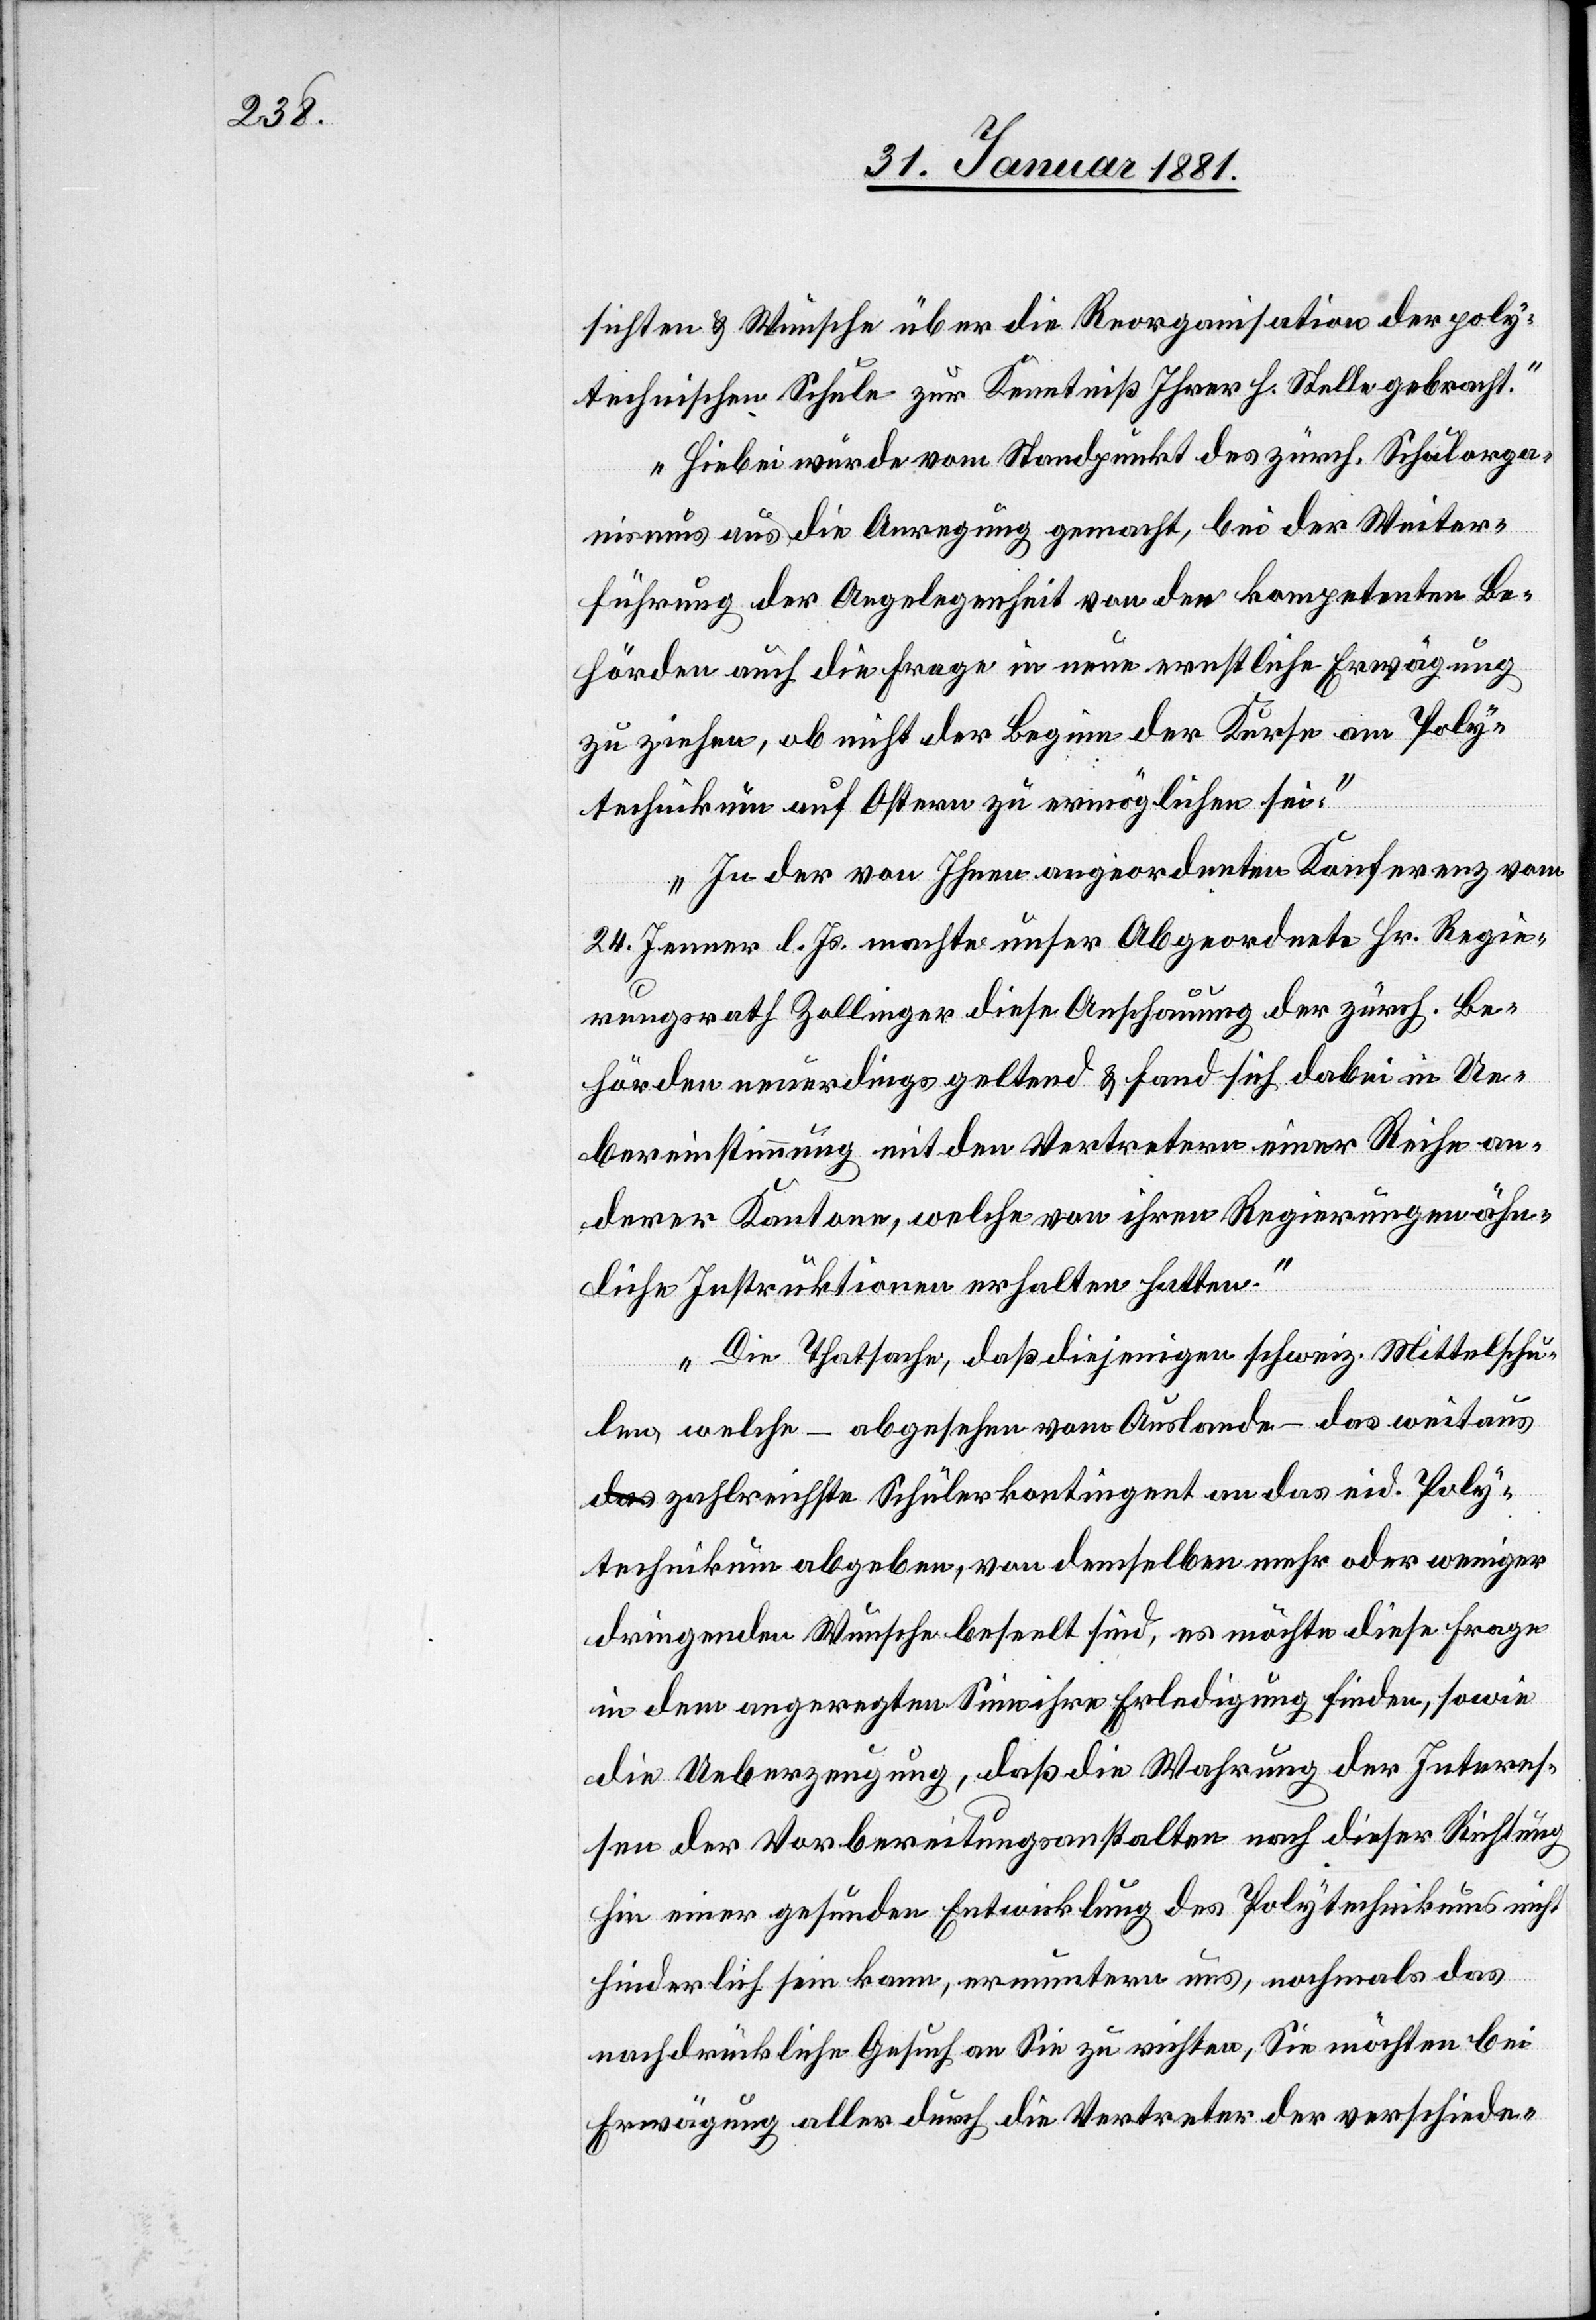
sichten & Wünsche über die Reorganisation der poly¬
technischen Schule zur Kenntniß Ihrer h. Stelle gebracht.“
„Hiebei wurde vom Standpunkt des zürch. Schulorga¬
nismus aus die Anregung gemacht, bei der Weiter¬
führung der Angelegenheit von den kompetenten Be¬
hörden auch die Frage in neue ernstliche Erwägung
zu ziehen, ob nicht der Beginn der Kurse am Poly¬
technikum auf Ostern zu ermöglichen sei.“
„In der von Ihnen angeordneten Konferenz vom
24. Jenner l. Js. machte unser Abgeordnete Hr. Regie¬
rungsrath Zollinger diese Anschauung der zürch. Be¬
hörden neuerdings geltend & fand sich dabei in Ue¬
bereinstimmung mit den Vertretern einer Reihe an¬
derer Kantone, welche von ihren Regierungen ähn¬
liche Instruktionen erhalten hatten.“
„Die Thatsache, daß diejenigen schweiz. Mittelschu¬
len welche – abgesehen vom Auslande – das weitaus
zahlreichste Schülerkontingent an das eid. Poly¬
technikum abgeben, von demselben mehr oder weniger
dringenden Wunsche beseelt sind, es möchte diese Frage
in dem angeregten Sinn ihre Erledigung finden, sowie
die Ueberzeugung, daß die Wahrung der Interes¬
sen der Vorbereitungsanstalten nach dieser Richtung
hin einer gesunden Entwicklung des Polytechnikums nicht
hinderlich sein kann, ermuntern uns, nochmals das
nachdrückliche Gesuch an Sie zu richten, Sie möchten bei
Erwägung aller durch die Vertreter der verschiede-